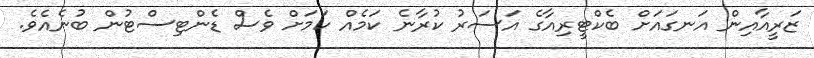
ޒަރީއާއިން އަނގައަށް ބެކްޓީރިއާގެ އަސަރު ކުރާނެ ކަމެއް ކަމަށް ވެސް ޑެންޓިސްޓުން ބުނެއެވެ.